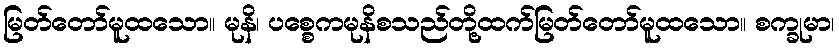
မြတ်တော်မူထသော။ မုနိ၊ ပစ္စေကမုနိစသည်တို့ထက်မြတ်တော်မူထသော။ စက္ခုမာ၊